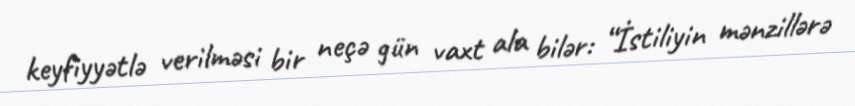
keyfiyyətlə verilməsi bir neçə gün vaxt ala bilər: “İstiliyin mənzillərə